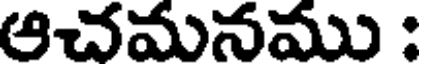
ఆచమనము :